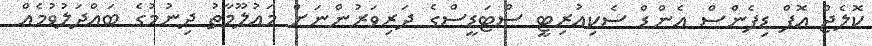
ކޮލެޖް އޮފް ޑިފެންސް އެންޑް ސެކިއުރިޓީ ސްޓަޑީސްގެ ދަރިވަރުންނަށް މައުލޫމާތު ދިނުމުގެ ބައްދަލުވުމެއް